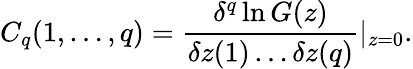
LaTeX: C_{q}(1,\ldots,q)={\frac{\delta^{q}\ln G(z)}{\delta z(1)\ldots\delta z(q)}}|_{z=0}.